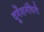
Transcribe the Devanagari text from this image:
दुगेंशनंदिनी